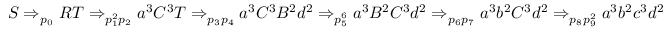
S \Rightarrow _ { p _ { 0 } } R T \Rightarrow _ { p _ { 1 } ^ { 2 } p _ { 2 } } a ^ { 3 } C ^ { 3 } T \Rightarrow _ { p _ { 3 } p _ { 4 } } a ^ { 3 } C ^ { 3 } B ^ { 2 } d ^ { 2 } \Rightarrow _ { p _ { 5 } ^ { 6 } } a ^ { 3 } B ^ { 2 } C ^ { 3 } d ^ { 2 } \Rightarrow _ { p _ { 6 } p _ { 7 } } a ^ { 3 } b ^ { 2 } C ^ { 3 } d ^ { 2 } \Rightarrow _ { p _ { 8 } p _ { 9 } ^ { 2 } } a ^ { 3 } b ^ { 2 } c ^ { 3 } d ^ { 2 }